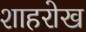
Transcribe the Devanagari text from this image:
शाहरोख